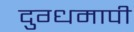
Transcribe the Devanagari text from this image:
दुग्धमापी